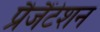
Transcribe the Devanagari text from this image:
प्रैजैंटेशन